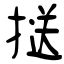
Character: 𢱤